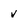
Character: v